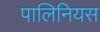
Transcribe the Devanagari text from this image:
पालिनियस